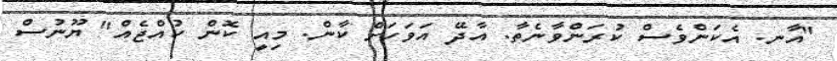
"އާނ. އެކަންވެސް ކުރަންވާނެތާ. އާދޭ އަވަހަށް ކާން. މިއީ ކޮން ކުއްޖެއް" ޔޫނުސް